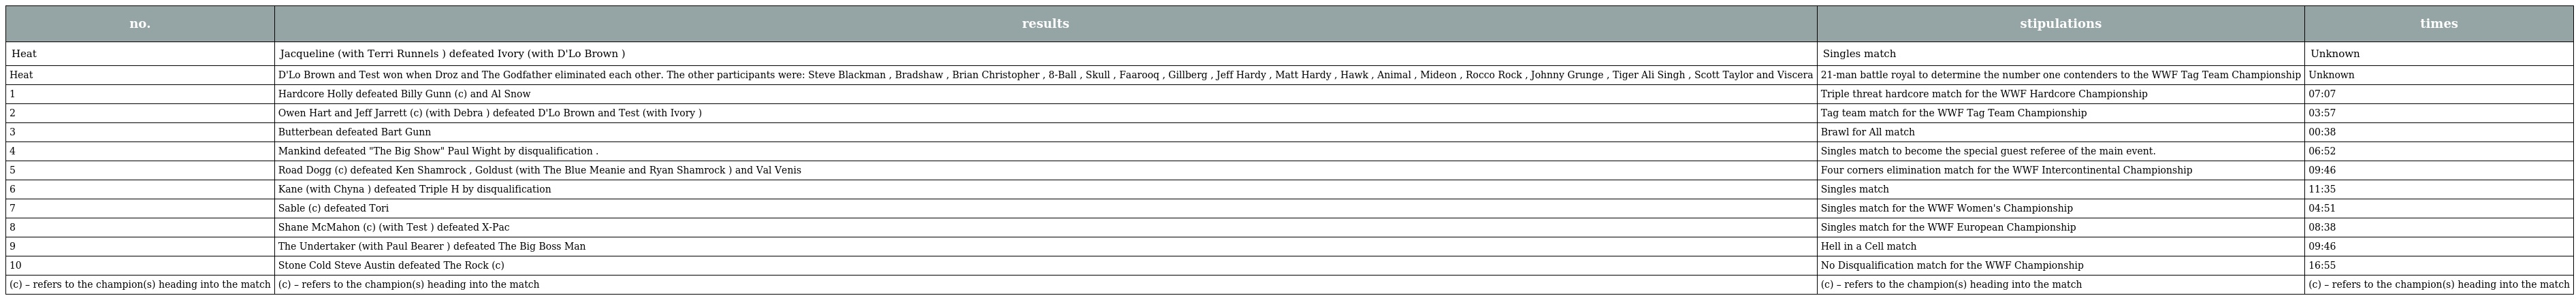
| no. | results | stipulations | times |
 | --- | --- | --- | --- |
 | Heat | Jacqueline (with Terri Runnels ) defeated Ivory (with D'Lo Brown ) | Singles match | Unknown |
 | Heat | D'Lo Brown and Test won when Droz and The Godfather eliminated each other. The other participants were: Steve Blackman , Bradshaw , Brian Christopher , 8-Ball , Skull , Faarooq , Gillberg , Jeff Hardy , Matt Hardy , Hawk , Animal , Mideon , Rocco Rock , Johnny Grunge , Tiger Ali Singh , Scott Taylor and Viscera | 21-man battle royal to determine the number one contenders to the WWF Tag Team Championship | Unknown |
 | 1 | Hardcore Holly defeated Billy Gunn (c) and Al Snow | Triple threat hardcore match for the WWF Hardcore Championship | 07:07 |
 | 2 | Owen Hart and Jeff Jarrett (c) (with Debra ) defeated D'Lo Brown and Test (with Ivory ) | Tag team match for the WWF Tag Team Championship | 03:57 |
 | 3 | Butterbean defeated Bart Gunn | Brawl for All match | 00:38 |
 | 4 | Mankind defeated "The Big Show" Paul Wight by disqualification . | Singles match to become the special guest referee of the main event. | 06:52 |
 | 5 | Road Dogg (c) defeated Ken Shamrock , Goldust (with The Blue Meanie and Ryan Shamrock ) and Val Venis | Four corners elimination match for the WWF Intercontinental Championship | 09:46 |
 | 6 | Kane (with Chyna ) defeated Triple H by disqualification | Singles match | 11:35 |
 | 7 | Sable (c) defeated Tori | Singles match for the WWF Women's Championship | 04:51 |
 | 8 | Shane McMahon (c) (with Test ) defeated X-Pac | Singles match for the WWF European Championship | 08:38 |
 | 9 | The Undertaker (with Paul Bearer ) defeated The Big Boss Man | Hell in a Cell match | 09:46 |
 | 10 | Stone Cold Steve Austin defeated The Rock (c) | No Disqualification match for the WWF Championship | 16:55 |
 | (c) – refers to the champion(s) heading into the match | (c) – refers to the champion(s) heading into the match | (c) – refers to the champion(s) heading into the match | (c) – refers to the champion(s) heading into the match |